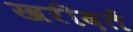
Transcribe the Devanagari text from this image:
खरीदतें